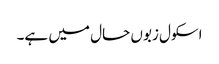
اسکول زبوں حال میں ہے۔